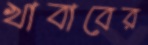
খাবাবের